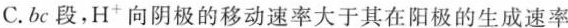
C.bc段，H^{+}向阴极的移动速率大于其在阳极的生成速率